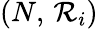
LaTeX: (N,\, \mathcal{R}_{i})